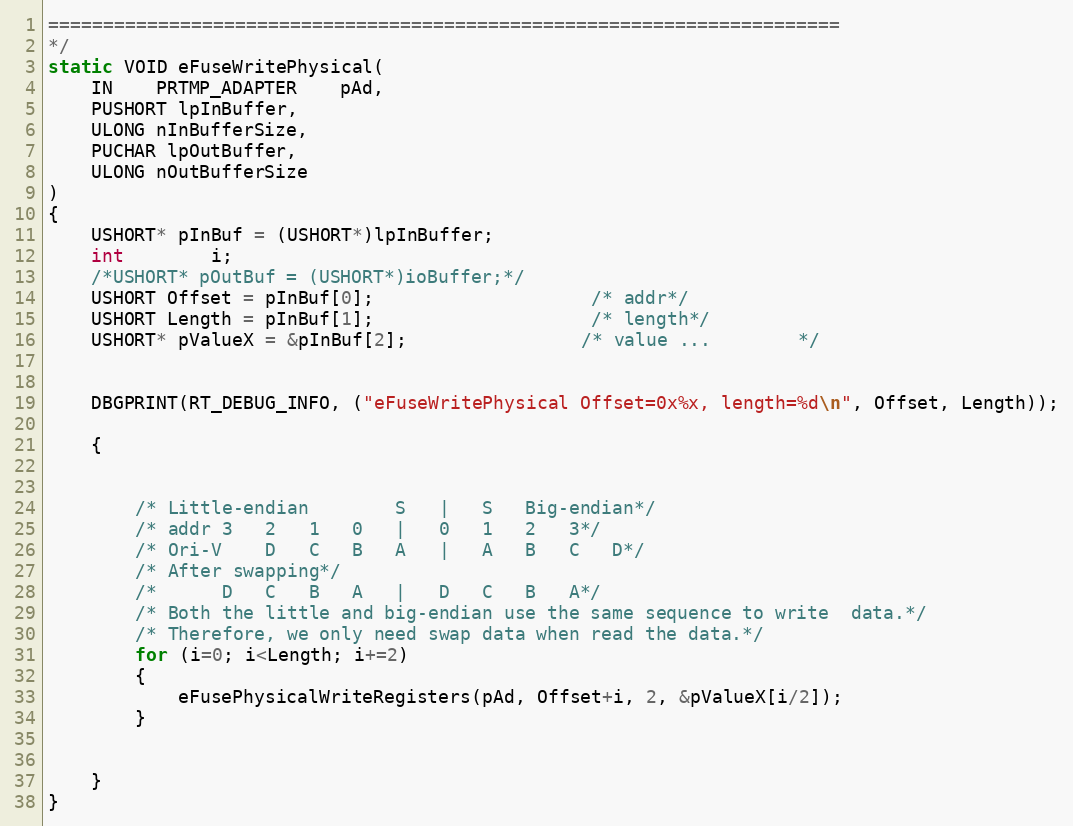
Language: C
========================================================================
*/
static VOID eFuseWritePhysical(
	IN	PRTMP_ADAPTER	pAd,
  	PUSHORT lpInBuffer,
	ULONG nInBufferSize,
  	PUCHAR lpOutBuffer,
  	ULONG nOutBufferSize
)
{
	USHORT* pInBuf = (USHORT*)lpInBuffer;
	int 		i;
	/*USHORT* pOutBuf = (USHORT*)ioBuffer;*/
	USHORT Offset = pInBuf[0];					/* addr*/
	USHORT Length = pInBuf[1];					/* length*/
	USHORT* pValueX = &pInBuf[2];				/* value ...		*/

	DBGPRINT(RT_DEBUG_INFO, ("eFuseWritePhysical Offset=0x%x, length=%d\n", Offset, Length));

	{

		/* Little-endian		S	|	S	Big-endian*/
		/* addr	3	2	1	0	|	0	1	2	3*/
		/* Ori-V	D	C	B	A	|	A	B	C	D*/
		/* After swapping*/
		/*		D	C	B	A	|	D	C	B	A*/
		/* Both the little and big-endian use the same sequence to write  data.*/
		/* Therefore, we only need swap data when read the data.*/
		for (i=0; i<Length; i+=2)
		{
			eFusePhysicalWriteRegisters(pAd, Offset+i, 2, &pValueX[i/2]);
		}

	}
}